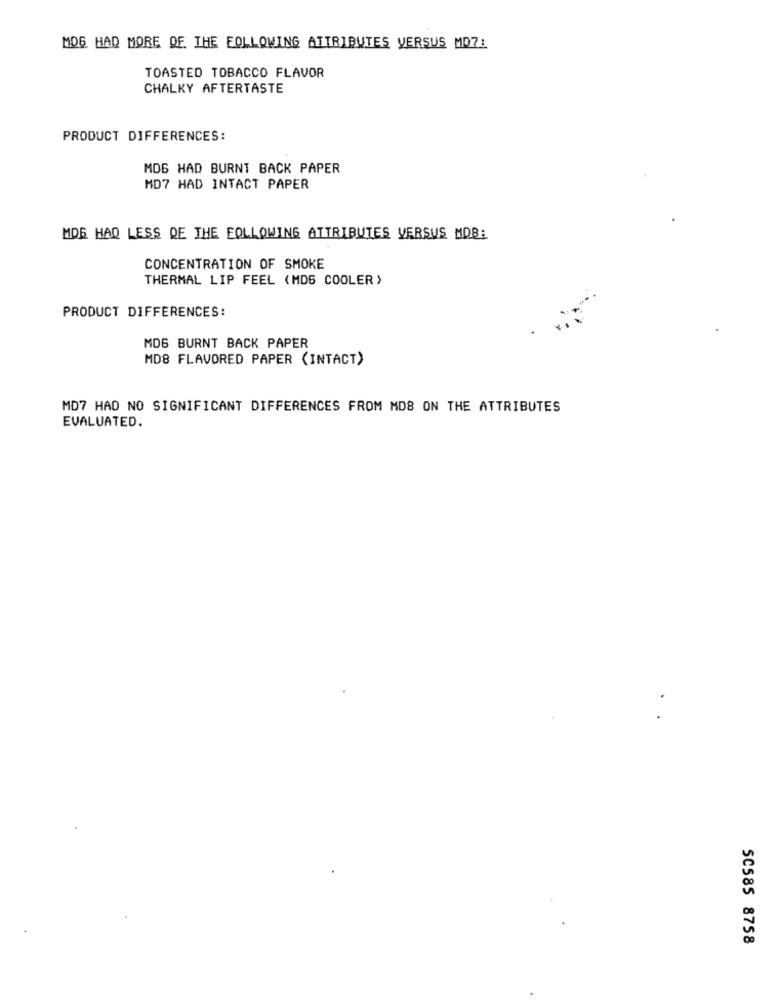
MDG HAD MORE DE THE FOLLOWING ATTRIBUTES VERSUS MD7:
TOASTED TOBACCO FLAVOR
CHALKY AFTERTASTE
PRODUCT DIFFERENCES:
MOS HAD BURNT BACK PAPER
MD7 HAD INTACT PAPER
MDG HAQ LESS QE THE FOLLOWING ATTRIBUTES VERSUS MDB:
CONCENTRATION OF SMOKE
THERMAL LIP FEEL (MDG COOLER)
PRODUCT DIFFERENCES:
MDG BURNT BACK PAPER
MD8 FLAVORED PAPER (INTACT)
MD7 HAD NO SIGNIFICANT DIFFERENCES FROM MD8 ON THE ATTRIBUTES
EVALUATED.
SCS85 8758